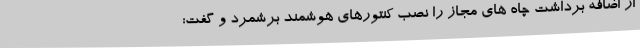
از اضافه برداشت چاه های مجاز را نصب کنتورهای هوشمند برشمرد و گفت: